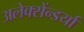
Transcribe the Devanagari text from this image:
अलेक्सेंन्डर्या